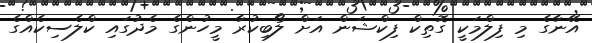
އޭނާގެ މި ފިލްމަކީ ގޮތިކް ފިކްޝަން އަށް ލޯބިކުރާ މީހުންގެ މެދުގައި ކްލެސިކެއްގެ